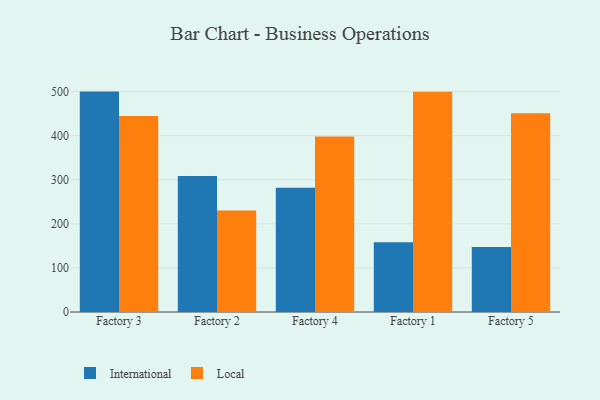
{"axis": {"x": "Factory", "y": "Customer Acquisition Cost (USD)"}, "legend": ["International", "Local"], "data": [{"x": "Factory 3", "y": 500.0, "type": "International"}, {"x": "Factory 3", "y": 444.8, "type": "Local"}, {"x": "Factory 2", "y": 308.8, "type": "International"}, {"x": "Factory 2", "y": 230.1, "type": "Local"}, {"x": "Factory 4", "y": 281.7, "type": "International"}, {"x": "Factory 4", "y": 398.2, "type": "Local"}, {"x": "Factory 1", "y": 158.4, "type": "International"}, {"x": "Factory 1", "y": 499.8, "type": "Local"}, {"x": "Factory 5", "y": 147.7, "type": "International"}, {"x": "Factory 5", "y": 451.1, "type": "Local"}]}